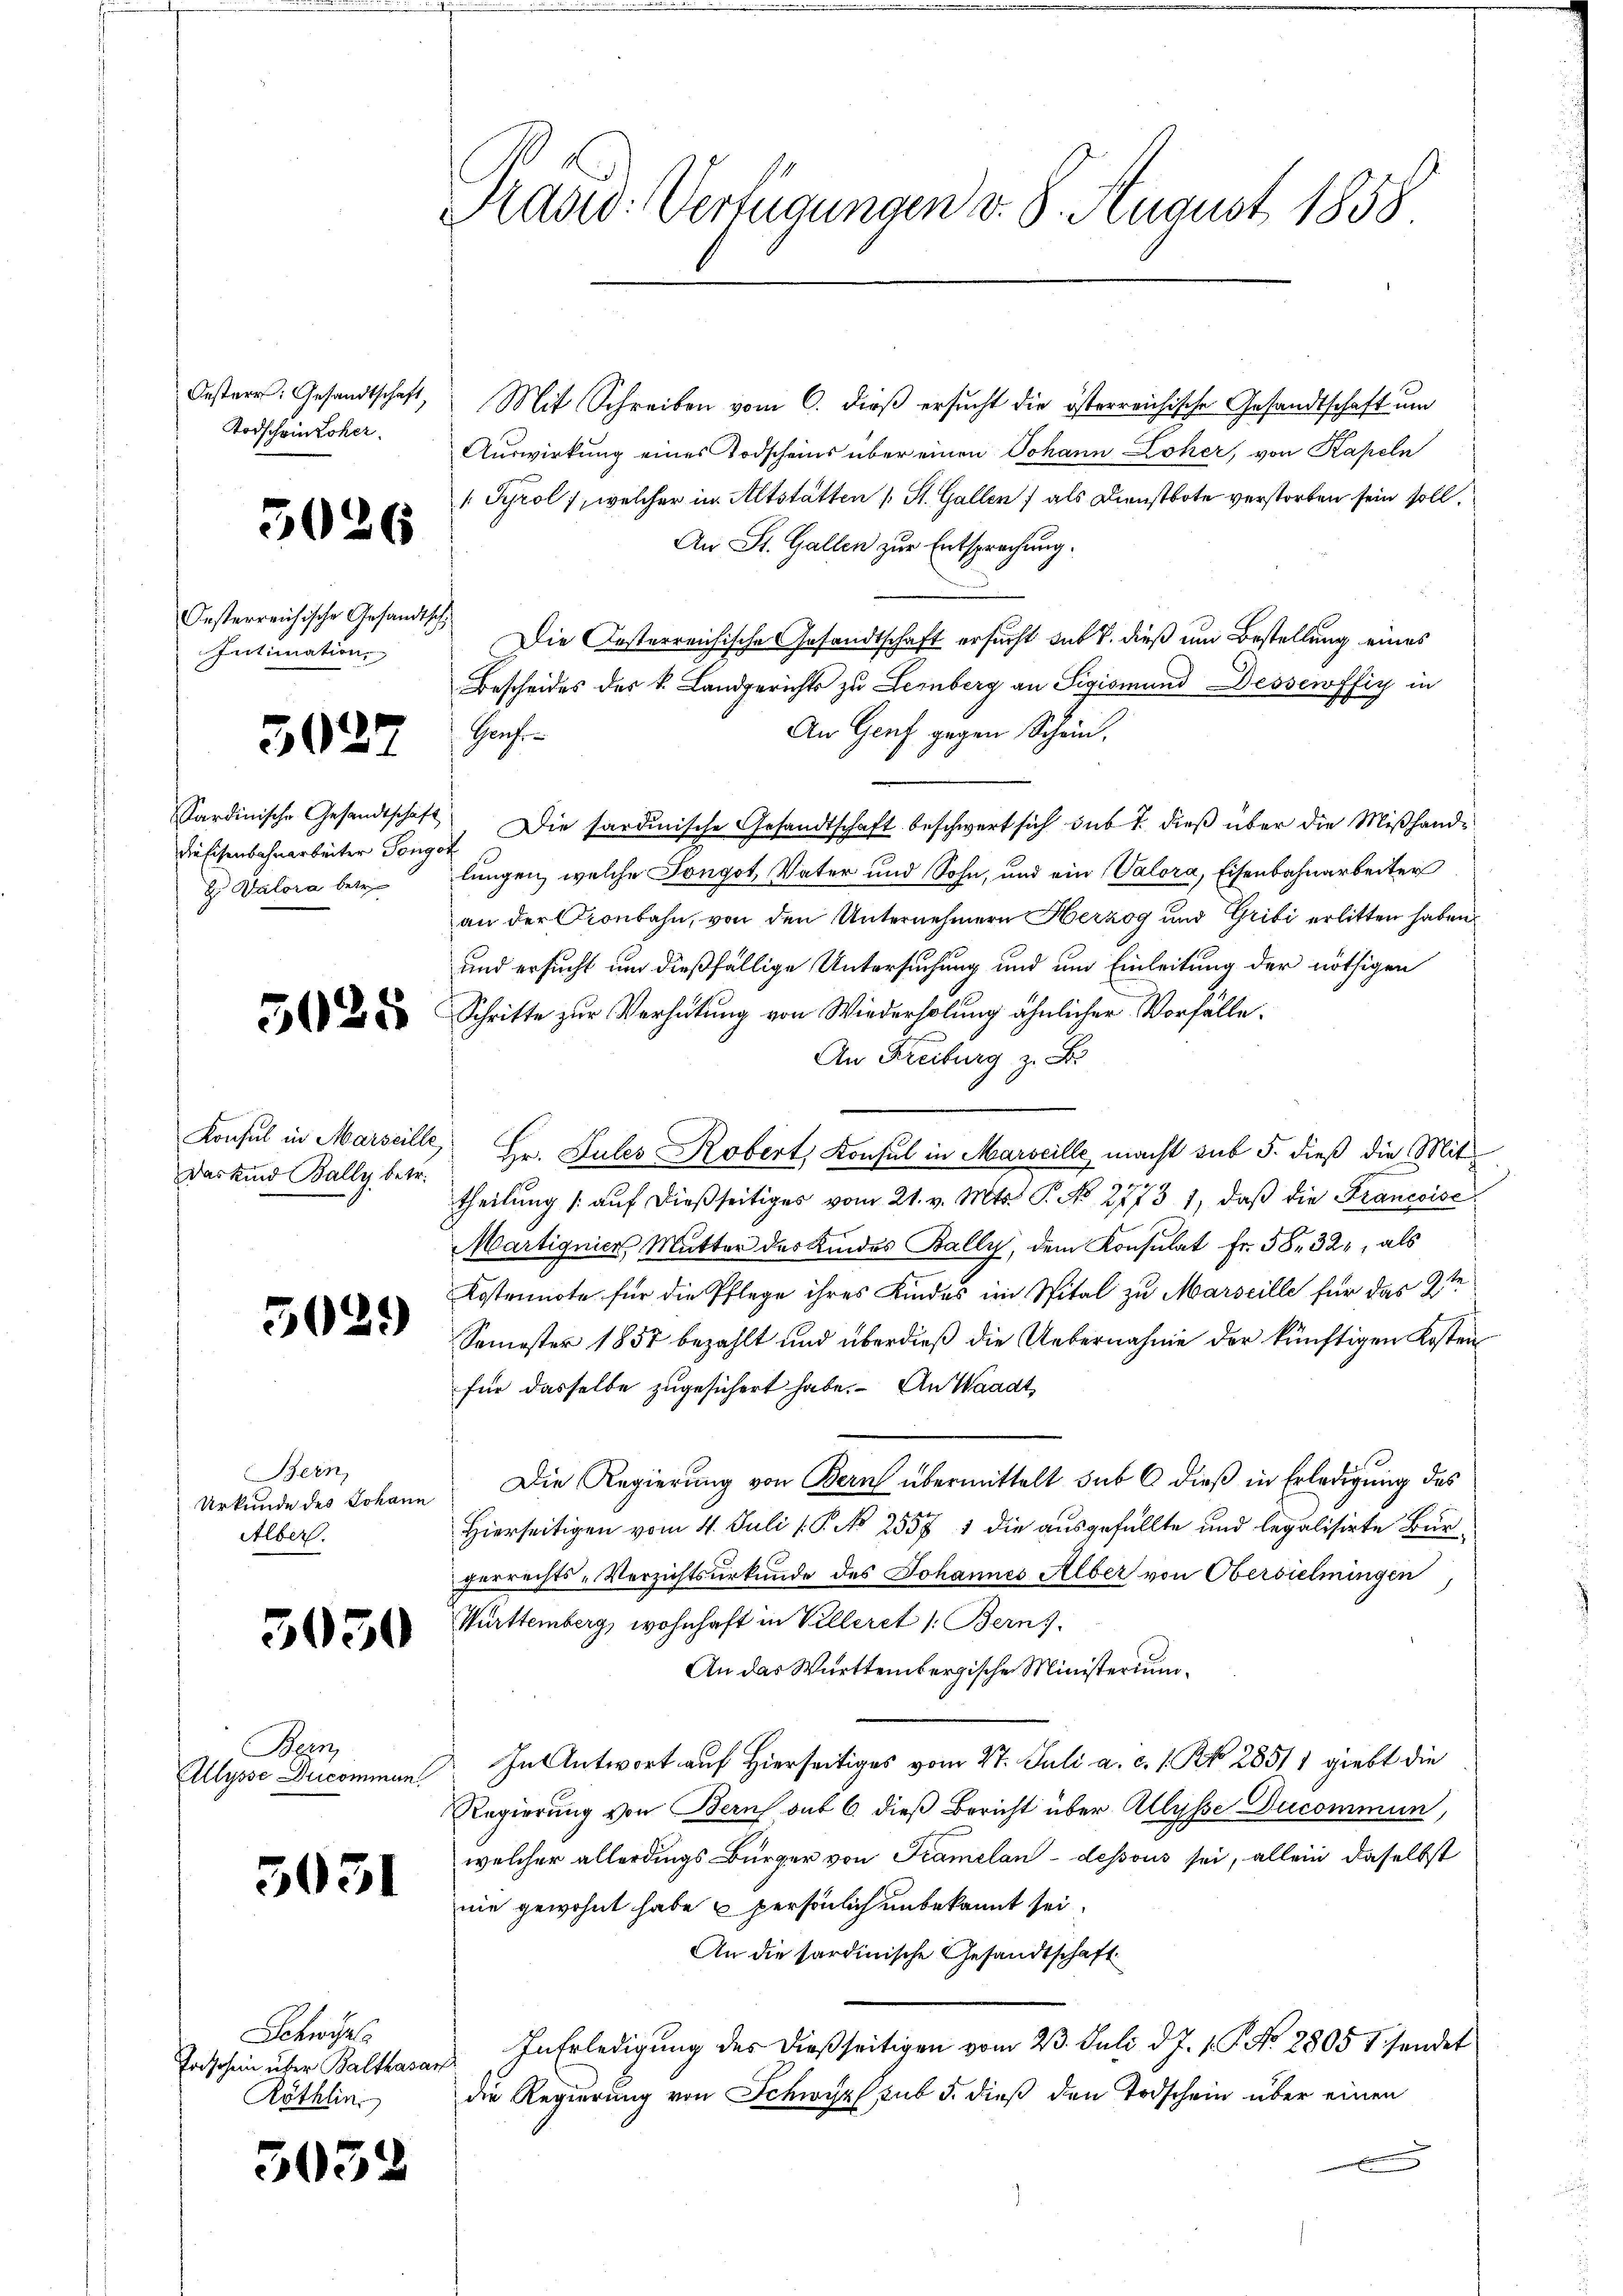
Todscheinscher.

5026

Oesterreichische Gesandtsch
Intimation

5027

die Eisenbahnarbeiter Tongot
 Valora betr.

5025

Das Kind Bally betr.

5029

Bern,
Urkunde des Johann
Alber.

3050

Bern,
Allysse Ducommun

5031

Schwie
Todschein über Balthasar
Röthlin

3032

Kaswo-Verfügungen d. 8. August 1858

Oestern. Gesandtschaft, Mit Schreiben vom 6. dieß ersucht die österreichische Gesandtschaft um
Auswirkung eines Todscheins über einen Johann Loher, von Kapeln
 Tyrol, welcher in Altstätten 1 St. Gallen als Dienstbote verstorben sein soll.
An St. Gallen zur Entsprechung.
Die Kosterreichische Gesandtschaft ersucht sub 7. dieß um Bestellung eines
Bescheides des k. Landgerichts zu Lernberg an Sigismund Dessewffy in
An Genf gegen Schein.
Grochen
Sardinische Gesandtschaft. Die sardinische Gesandtschaft beschwert sich sub 7. dieß über die Mißhande
lungen, welche Tongot, Vater und Sohn, und ein (Valora, Eisenbahnarbeiter
an der Kronbahn, von den Unternehmern Herzog und Gribi erlitten haben
und ersucht und dießfällige Untersuchung und um Einleitung der nöthigen
Schritte zur Verhütung von Wiederholung ähnlicher Vorfalle.
An Freiburg z. B.
Konsul in Marseille Hr. Sules Robert, Konsul in Marseille, macht sub 5. dieß die Mit
1 xx
theilung auf dießseitiges vom 21. v. Mts. S. No 1773 1, daβ die Francoise
Martignier Mutter des Kindes Bally, dem Konsulat fr. 58. 324, als
Kostennote für die Pflege ihres Kindes im Spital zu Marseille für das 2te
Semester 1857 bezahlt und überdieß die Uebernahme der künftigen Kostenfür dasselbe zugesichert habe. An Waadt
Die Regierung von Bern übermittelt sub 6 dieß in Erledigung des
Hierseitigen vom 4. Juli P. No 25571 die ausgefüllte und legalisirte Burgerrechts-Verzichtsurkunde des Johannes Alber von Obersielmingen,
Württemberg, wohnhaft in Villeret /: Bern
An das Württembergische Ministerium
In Antwort auf Hierseitiges vom 27. Juli a. c. 1. N. 28511 giebt die
Regierung von Berns auf 6. dieß Bericht über Allysse Ducommun
welcher allerdings Bürger von Tramelan- dessous sei, allein daselbst
nie gewohnt habe u persönlich unbekannt sei.
An die sardinische Gesandtschaft
In Erledigung des dießseitigen vom 23. Juli d. J. v. P. No 2805 1 sendet
die Regierung von Schwyz sub 5. dieß den Todschein über einen